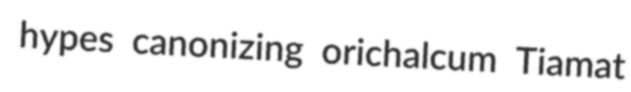
hypes canonizing orichalcum Tiamat